[Report on the health of British troops in the Madras command]
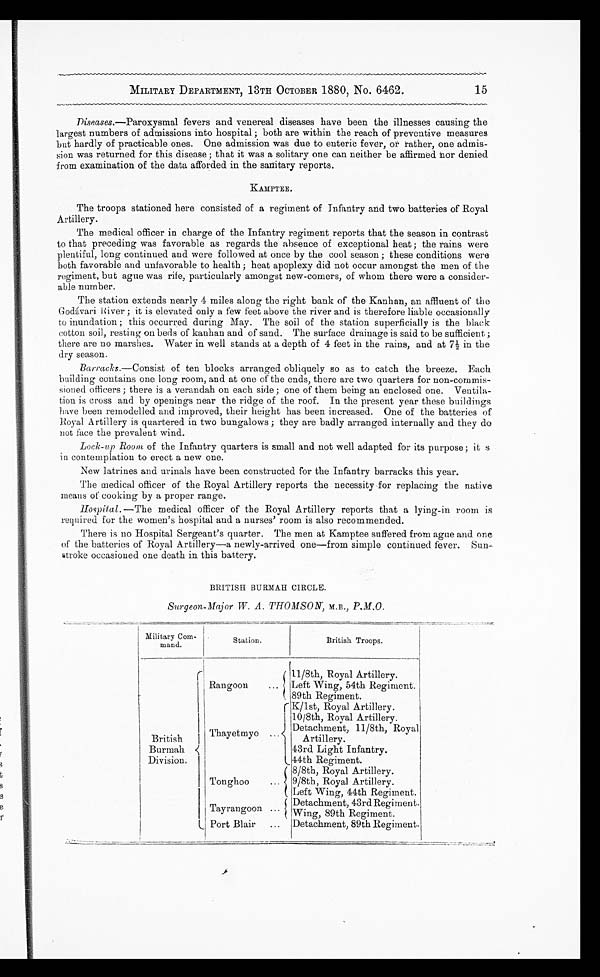
15
MILITARY DEPARTMENT, 13TH OCTOBER 1880, No. 6462.
Diseases.—Paroxysmal fevers and venereal diseases have been the illnesses causing the
largest numbers of admissions into hospital ; both are within the reach of preventive measures
but hardly of practicable ones. One admission was due to enteric fever, or rather, one admis
-sion was returned for this disease ; that it was a solitary one can neither be affirmed nor denied
from examination of the data afforded in the sanitary reports.
KAMPTEE.
The troops stationed here consisted of a regiment of Infantry and two batteries of Royal
Artillery.
The medical officer in charge of the Infantry regiment reports that the season in contrast
to that preceding was favorable as regards the absence of exceptional heat; the rains were
plentiful, long continued and were followed at once by the cool season ; these conditions were
both favorable and unfavorable to health; heat apoplexy did not occur amongst the men of the
regiment, but ague was rife, particularly amongst new-comers, of whom there were a consider
-able number.
The station extends nearly 4 miles along the right bank of the Kanhan, an affluent of the
Godávari River ; it is elevated only a few feet above the river and is therefore liable occasionally
to inundation ; this occurred during May. The soil of the station superficially is the black
cotton soil, resting on beds of kanhan and of sand. The surface drainage is said to be sufficient ;
there are no marshes. Water in well stands at a depth of 4 feet in the rains, and at 7½ in the
dry season.
Barracks .—Consist of ten blocks arranged obliquely so as to catch the breeze. Each
building contains one long room, and at one of the ends, there are two quarters for non-commis
-sioned officers ; there is a verandah on each side ; one of them being an enclosed one. Ventila
- t i o n i s c r o s s a n d b y o p e n i n g s n e a r t h e r i d g e o f t h e r o o f . I n t h e p r e s e n t y e a r t h e s e b u i l d i n g s
have been remodelled and improved, their height has been increased. One of the batteries of
Royal Artillery is quartered in two bungalows ; they are badly arranged internally and they do
not face the prevalent wind.
Lock-up Room of the Infantry quarters is small and not well adapted for its purpose; it is
in contemplation to erect a new one.
New latrines and urinals have been constructed for the Infantry barracks this year.
The medical officer of the Royal Artillery reports the necessity for replacing the native
means of cooking by a proper range.
Hospital .—The medical officer of the Royal Artillery reports that a lying-in room is
required for the women's hospital and a nurses' room is also recommended.
There is no Hospital Sergeant's quarter. The men at Kamptee suffered from ague and one
of the batteries of Royal Artillery—a newly-arrived one—from simple continued fever. Sun-
stroke occasioned one death in this battery.
BRITISH BURMAH CIRCLE.
Surgeon-Major W. A. THOMSON, M.B., P.M.O.
Military Com-
mand.
Station.
B r i t i s h T r o o p s .
British
Burmah
Division.
Rangoon . . .
11/8th, Royal Artillery.
Left Wing, 54th Regiment.
89th Regiment.
Thayetmyo
. . .
K/lst, Royal Artillery.
10/8th, Royal Artillery.
Detachment, 11/8th, Royal
Artillery.
43rd Light Infantry.
44th Regiment.
Tonghoo . . .
8/8th, Royal Artillery.
9/8th, Royal Artillery.
Left Wing, 44th Regiment.
T a y r a n g o o n . . .
Detachment, 43rd Regiment.
.
Wing, 89th Regiment.
P o r t B l a i r . . .
Detachment, 89th Regiment.